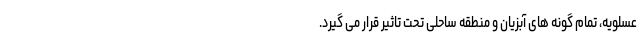
عسلویه، تمام گونه های آبزیان و منطقه ساحلی تحت تاثیر قرار می گیرد.